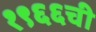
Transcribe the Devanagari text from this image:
१९६६ची